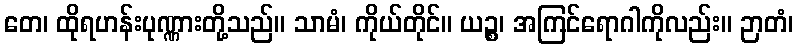
တေ၊ ထိုရဟန်းပုဏ္ဏားတို့သည်။ သာမံ၊ ကိုယ်တိုင်။ ယဉ္စ၊ အကြင်ရောဂါကိုလည်း။ ဉာတံ၊